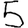
Digit: 5